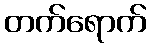
တက်ရောက်